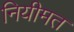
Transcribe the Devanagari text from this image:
नियीमत